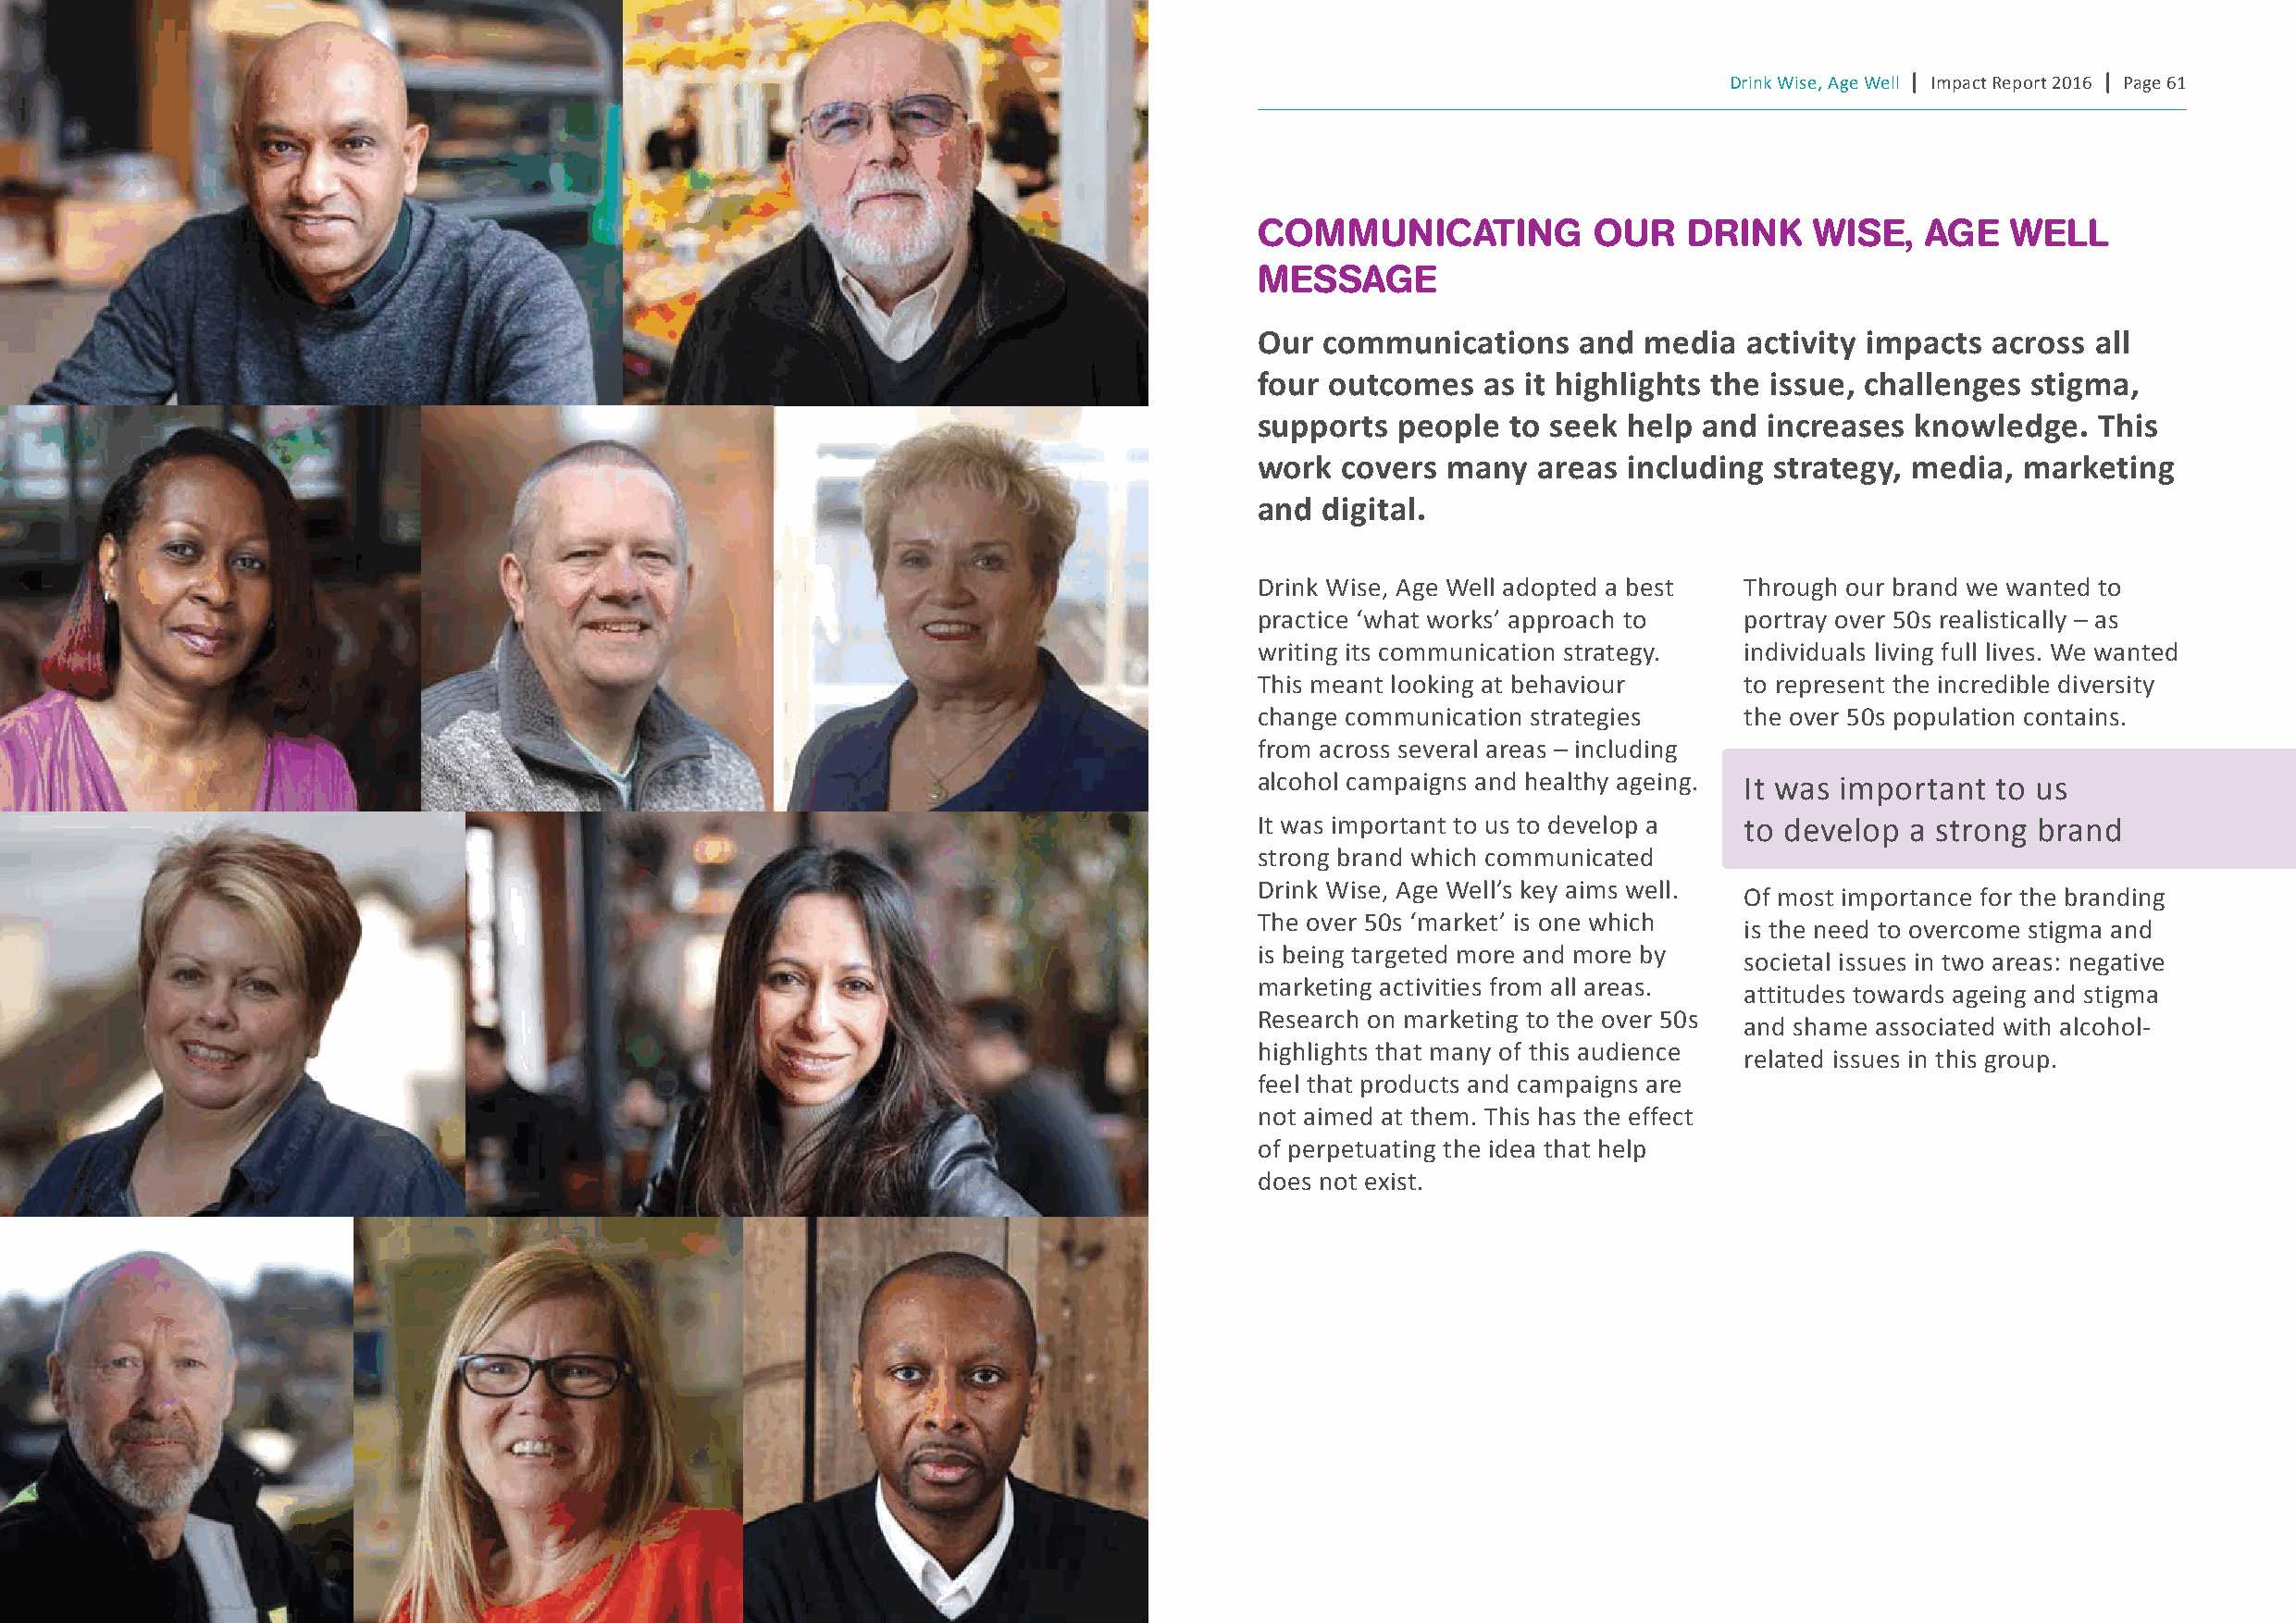
Drink Wise, Age Well | Impact Report 2016 | Page 61
 CoMMunICATIng           ouR    DRInK    WIse,  Age    WeLL
 MessAge
 Our  communications    and  media  activity impacts across  all
 four outcomes   as it highlights the issue, challenges stigma,
 supports  people  to seek help  and increases  knowledge.   this
 work  covers many   areas including  strategy, media,  marketing
 and  digital.
 Drink Wise, Age Well adopted a best Through our brand we wanted to
 practice ‘what works’ approach to  portray over 50s realistically – as
 writing its communication strategy. individuals living full lives. We wanted
 This meant looking at behaviour    to represent the incredible diversity
 change communication strategies    the over 50s population contains.
 from across several areas – including
 alcohol campaigns and healthy ageing. It was important to us
 It was important to us to develop a to develop a strong brand
 strong brand which communicated
 Drink Wise, Age Well’s key aims well.
 Of most importance for the branding
 The over 50s ‘market’ is one which
 is the need to overcome stigma and
 is being targeted more and more by
 societal issues in two areas: negative
 marketing activities from all areas.
 attitudes towards ageing and stigma
 Research on marketing to the over 50s
 and shame associated with alcohol-
 highlights that many of this audience
 related issues in this group.
 feel that products and campaigns are
 not aimed at them. This has the effect
 of perpetuating the idea that help
 does not exist.